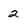
Character: 2